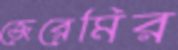
জেরেমির